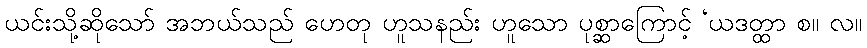
ယင်းသို့ဆိုသော် အဘယ်သည် ဟေတု ဟူသနည်း ဟူသော ပုစ္ဆာကြောင့် ‘ယဒတ္ထာ စ။ လ။